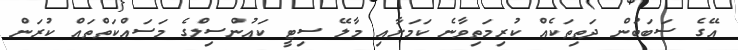
އޭގެ ސަބަބުން ދަތިތަކެއް ކުރިމަތިވާނެ ކަމަށާއި މާލޭ ސިޓީ ކައުންސިލްގެ މަސައްކަތްތައް ކުރަން